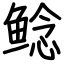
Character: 鲶